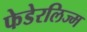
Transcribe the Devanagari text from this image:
फेडेरलिज्म